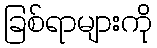
ခြစ်ရာများကို